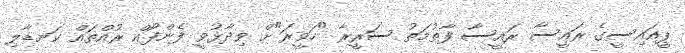
ޕީއައިސީގެ ރައީސާ ރައީސާ ފާތުމަތު ސަރީރާ "ހަވީރަ"ށް ވިދާޅުވީ ފެންފޯއް ރުއްތައް ކަނޑާލި